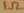
Text: 1Ω